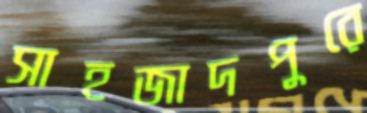
সাহজাদপুরে